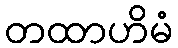
တထာဟိမံ